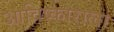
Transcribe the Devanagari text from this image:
आविष्काराला